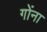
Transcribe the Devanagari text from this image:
गोंना